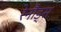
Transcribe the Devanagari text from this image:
रेनौड्स